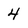
Character: 4